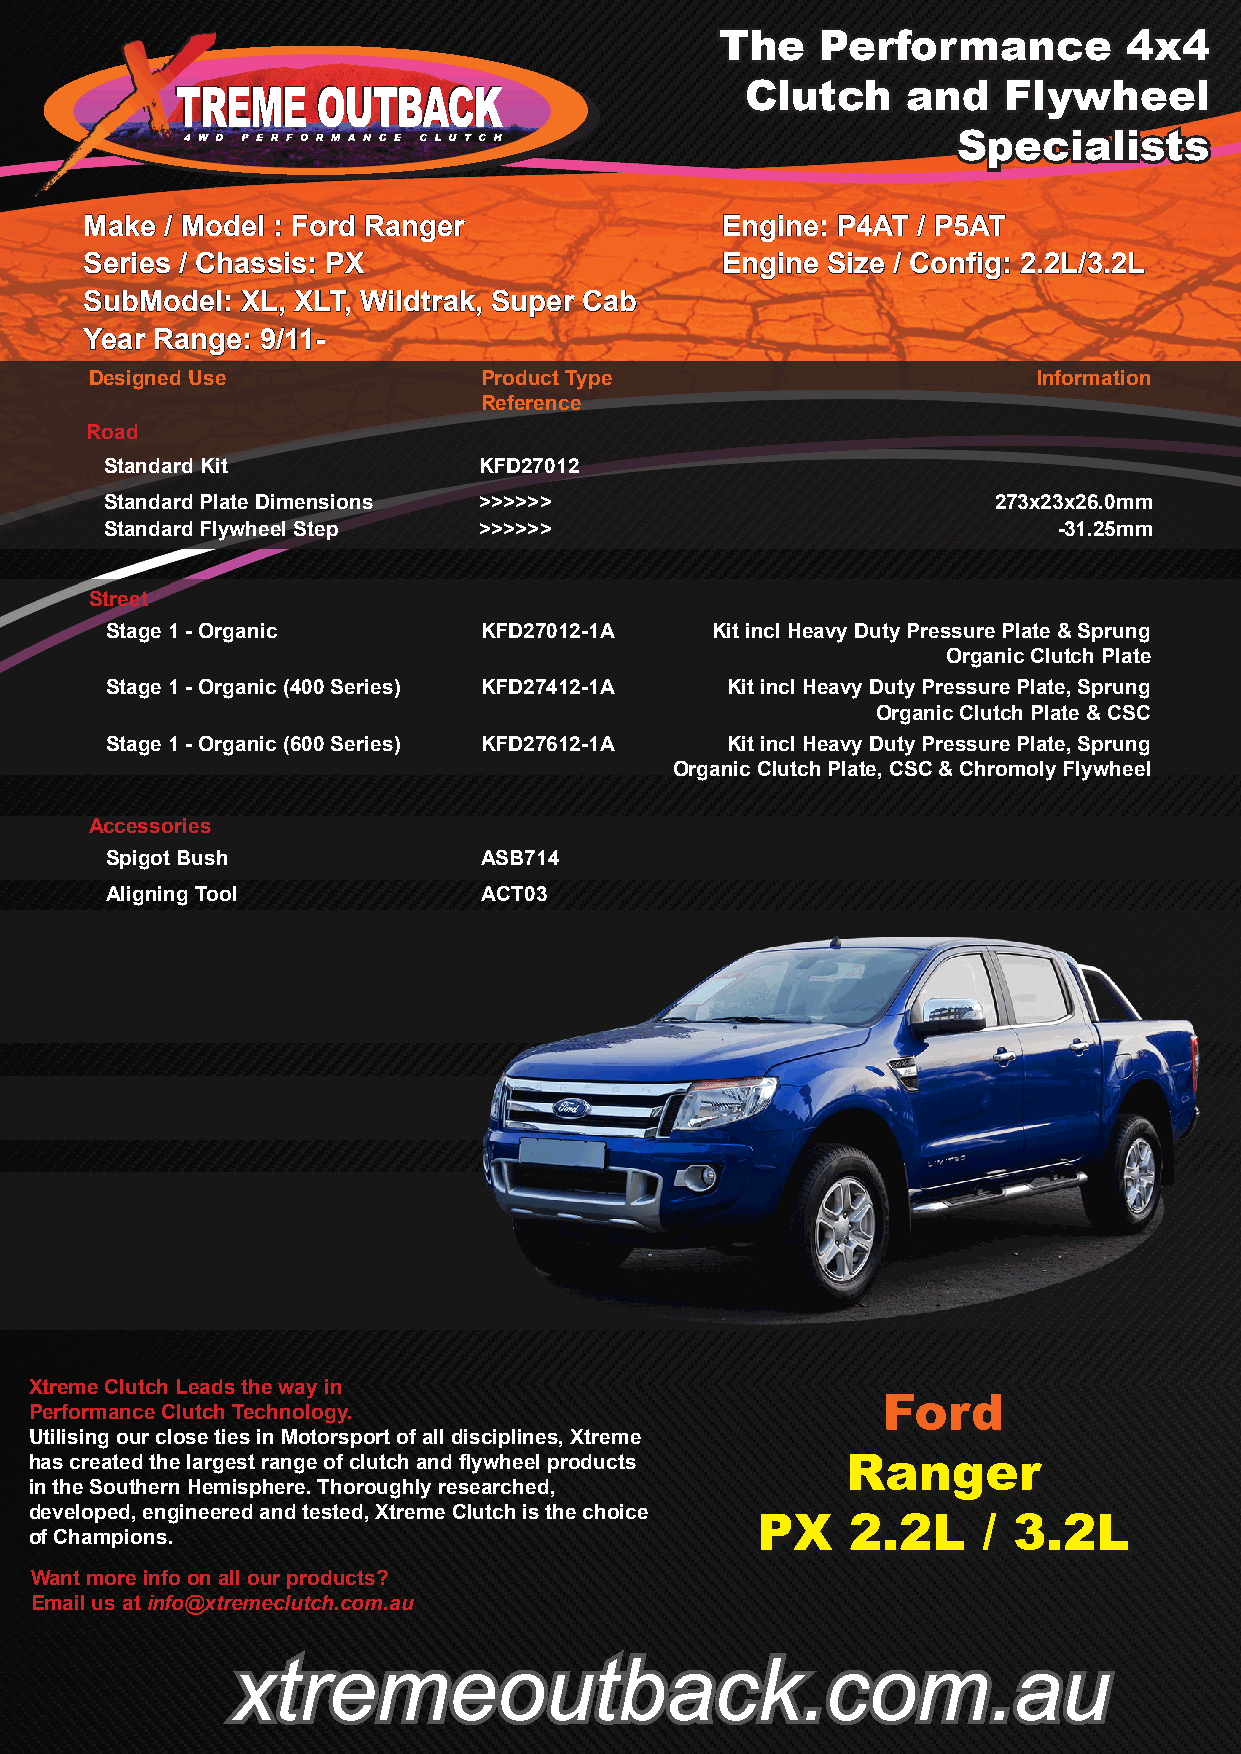
The   Performance          4x4
 Clutch     and   Flywheel
 Specialists
 Make / Model : Ford Ranger                Engine: P4AT / P5AT
 Series / Chassis: PX                      Engine Size / Config: 2.2L/3.2L
 SubModel: XL, XLT, Wildtrak, Super Cab
 Year Range: 9/11-
 Designed Use              Product Type                         Information
 Reference
 Road
 Standard Kit             KFD27012
 Standard Plate Dimensions >>>>>>                           273x23x26.0mm
 Standard Flywheel Step   >>>>>>                                -31.25mm
 Street
 Stage 1 - Organic        KFD27012-1A    Kit incl Heavy Duty Pressure Plate & Sprung
 Organic Clutch Plate
 Stage 1 - Organic (400 Series) KFD27412-1A Kit incl Heavy Duty Pressure Plate, Sprung
 Organic Clutch Plate & CSC
 Stage 1 - Organic (600 Series) KFD27612-1A Kit incl Heavy Duty Pressure Plate, Sprung
 Organic Clutch Plate, CSC & Chromoly Flywheel
 Accessories
 Spigot Bush              ASB714
 Aligning Tool            ACT03
 Xtreme Clutch Leads the way in
 Ford
 Performance Clutch Technology.
 Utilising our close ties in Motorsport of all disciplines, Xtreme
 has created the largest range of clutch and flywheel products Ranger
 in the Southern Hemisphere. Thoroughly researched,
 developed, engineered and tested, Xtreme Clutch is the choice
 PX    2.2L     / 3.2L
 of Champions.
 Want more info on all our products?
 Email us at info@xtremeclutch.com.au
 xtremeoutback.com.au